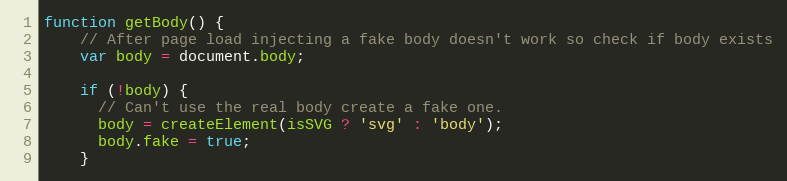
Language: JavaScript
function getBody() {
    // After page load injecting a fake body doesn't work so check if body exists
    var body = document.body;

    if (!body) {
      // Can't use the real body create a fake one.
      body = createElement(isSVG ? 'svg' : 'body');
      body.fake = true;
    }